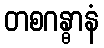
တစဂန္ဓာနံ